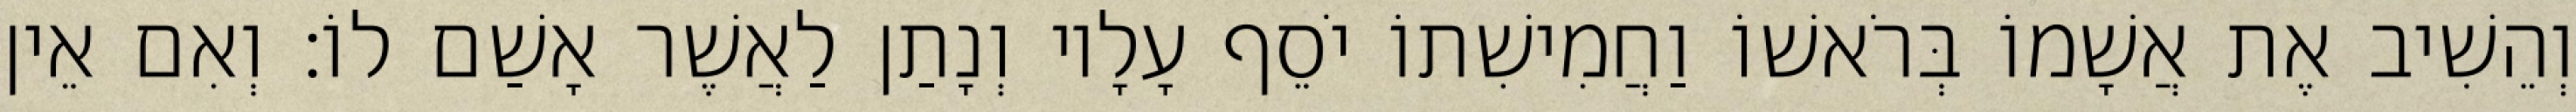
וְהֵשִׁיב אֶת אֲשָׁמוֹ בְּרֹאשׁוֹ וַחֲמִישִׁתוֹ יֹסֵף עָלָיו וְנָתַן לַאֲשֶׁר אָשַׁם לוֹ׃ וְאִם אֵין